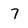
Character: 7